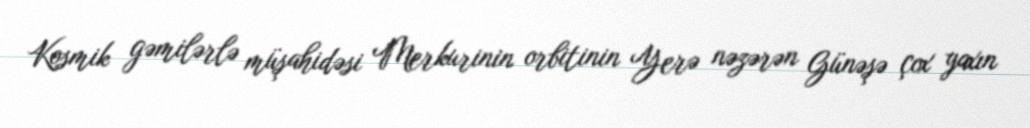
Kosmik gəmilərlə müşahidəsi Merkurinin orbitinin Yerə nəzərən Günəşə çox yaxın